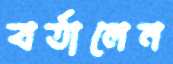
বর্তালেন